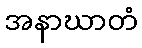
အနာဃာတံ